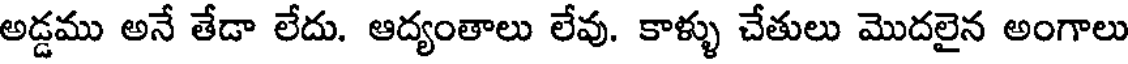
అడ్డము అనే తేడా లేదు. ఆద్యంతాలు లేవు. కాళ్ళు చేతులు మొదలైన అంగాలు